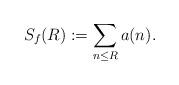
LaTeX: \begin{align*} S_f(R) := \sum_{n \leq R} a(n).\end{align*}